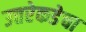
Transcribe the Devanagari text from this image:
उत्तरेकडेचा